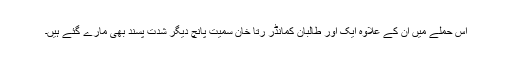
اس حملے میں ان کے علاوہ ایک اور طالبان کمانڈر رتا خان سمیت پانچ دیگر شدت پسند بھی مارے گئے ہیں۔